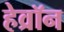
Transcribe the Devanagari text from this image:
हेव्रॉन